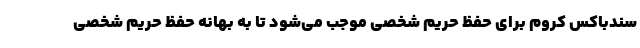
سندباکس کروم برای حفظ حریم شخصی موجب می‌شود تا به بهانه حفظ حریم شخصی